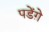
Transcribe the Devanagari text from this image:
पडेंग़े